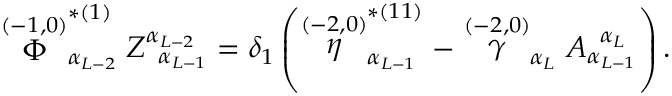
\stackrel { ( - 1 , 0 ) } { \Phi } _ { \alpha _ { L - 2 } } ^ { * ( 1 ) } Z _ { \; \; \alpha _ { L - 1 } } ^ { \alpha _ { L - 2 } } = \delta _ { 1 } \left( \stackrel { ( - 2 , 0 ) } { \eta } _ { \alpha _ { L - 1 } } ^ { * ( 1 1 ) } - \stackrel { ( - 2 , 0 ) } { \gamma } _ { \alpha _ { L } } A _ { \alpha _ { L - 1 } } ^ { \; \; \alpha _ { L } } \right) .